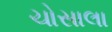
ચોસાલા